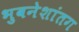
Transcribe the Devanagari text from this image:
भुवनेशांतग